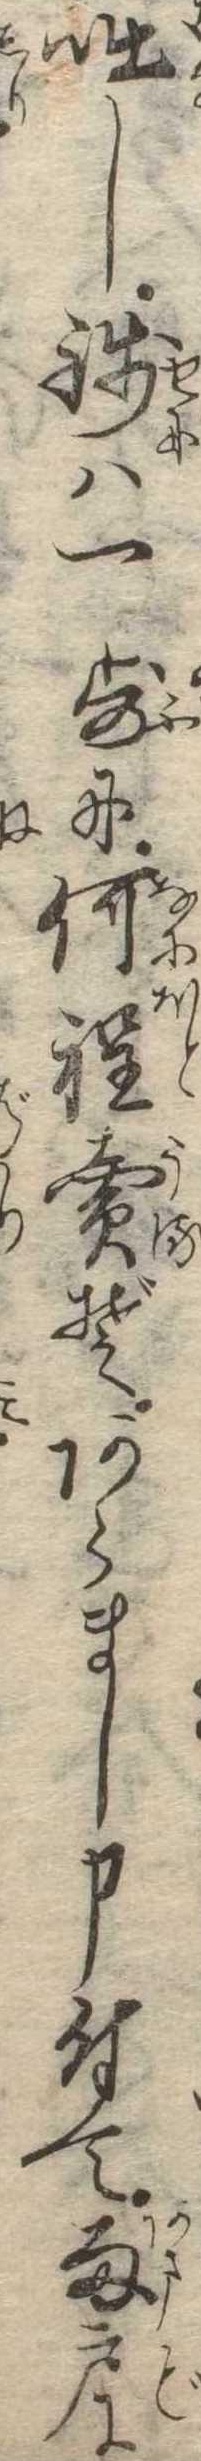
咄し銭は一歩に何程売ぞあらまし申付て雨戸に